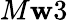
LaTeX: M\mathbf{w}3